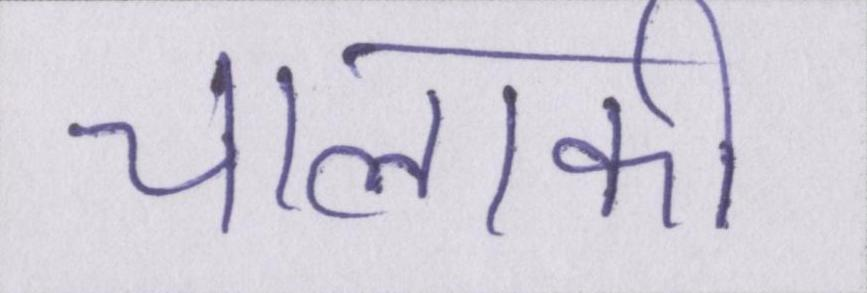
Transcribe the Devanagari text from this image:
चालाकी